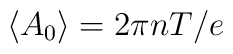
\left\langle A_0\right\rangle  ={2\pi n T}/{e}